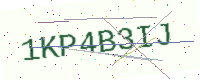
Text: 1KP4B3IJ